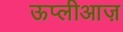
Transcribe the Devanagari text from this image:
ऊप्लीआज़